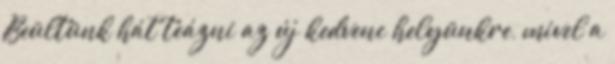
Beültünk hát teázni az új kedvenc helyünkre, mivel a